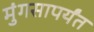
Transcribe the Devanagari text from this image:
मुंगसापर्यंत